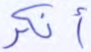
أنكر